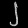
Digit: ၂